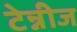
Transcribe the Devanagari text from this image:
टेन्नीज